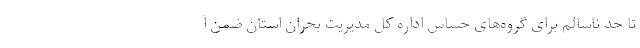
تا حد ناسالم برای گروه‌های حساس اداره کل مدیریت بحران استان ضمن آ